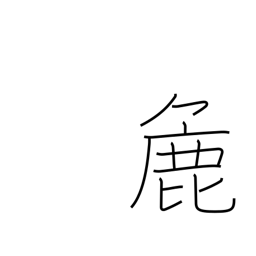
Meaning: crude